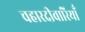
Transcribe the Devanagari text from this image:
चहारदीवारियाँ